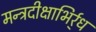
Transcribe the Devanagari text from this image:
मन्त्रदीक्षाभिर्र्ध